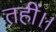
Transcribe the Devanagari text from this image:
तहीं।।